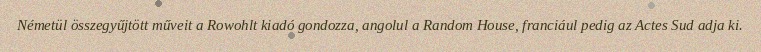
Németül összegyűjtött műveit a Rowohlt kiadó gondozza, angolul a Random House, franciául pedig az Actes Sud adja ki.